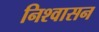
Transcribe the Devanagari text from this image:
निश्वासन